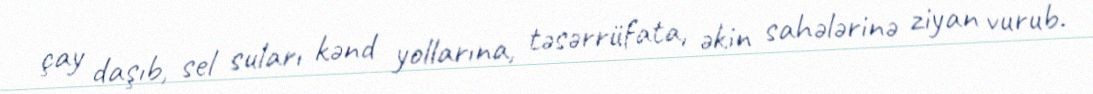
çay daşıb, sel suları kənd yollarına, təsərrüfata, əkin sahələrinə ziyan vurub.